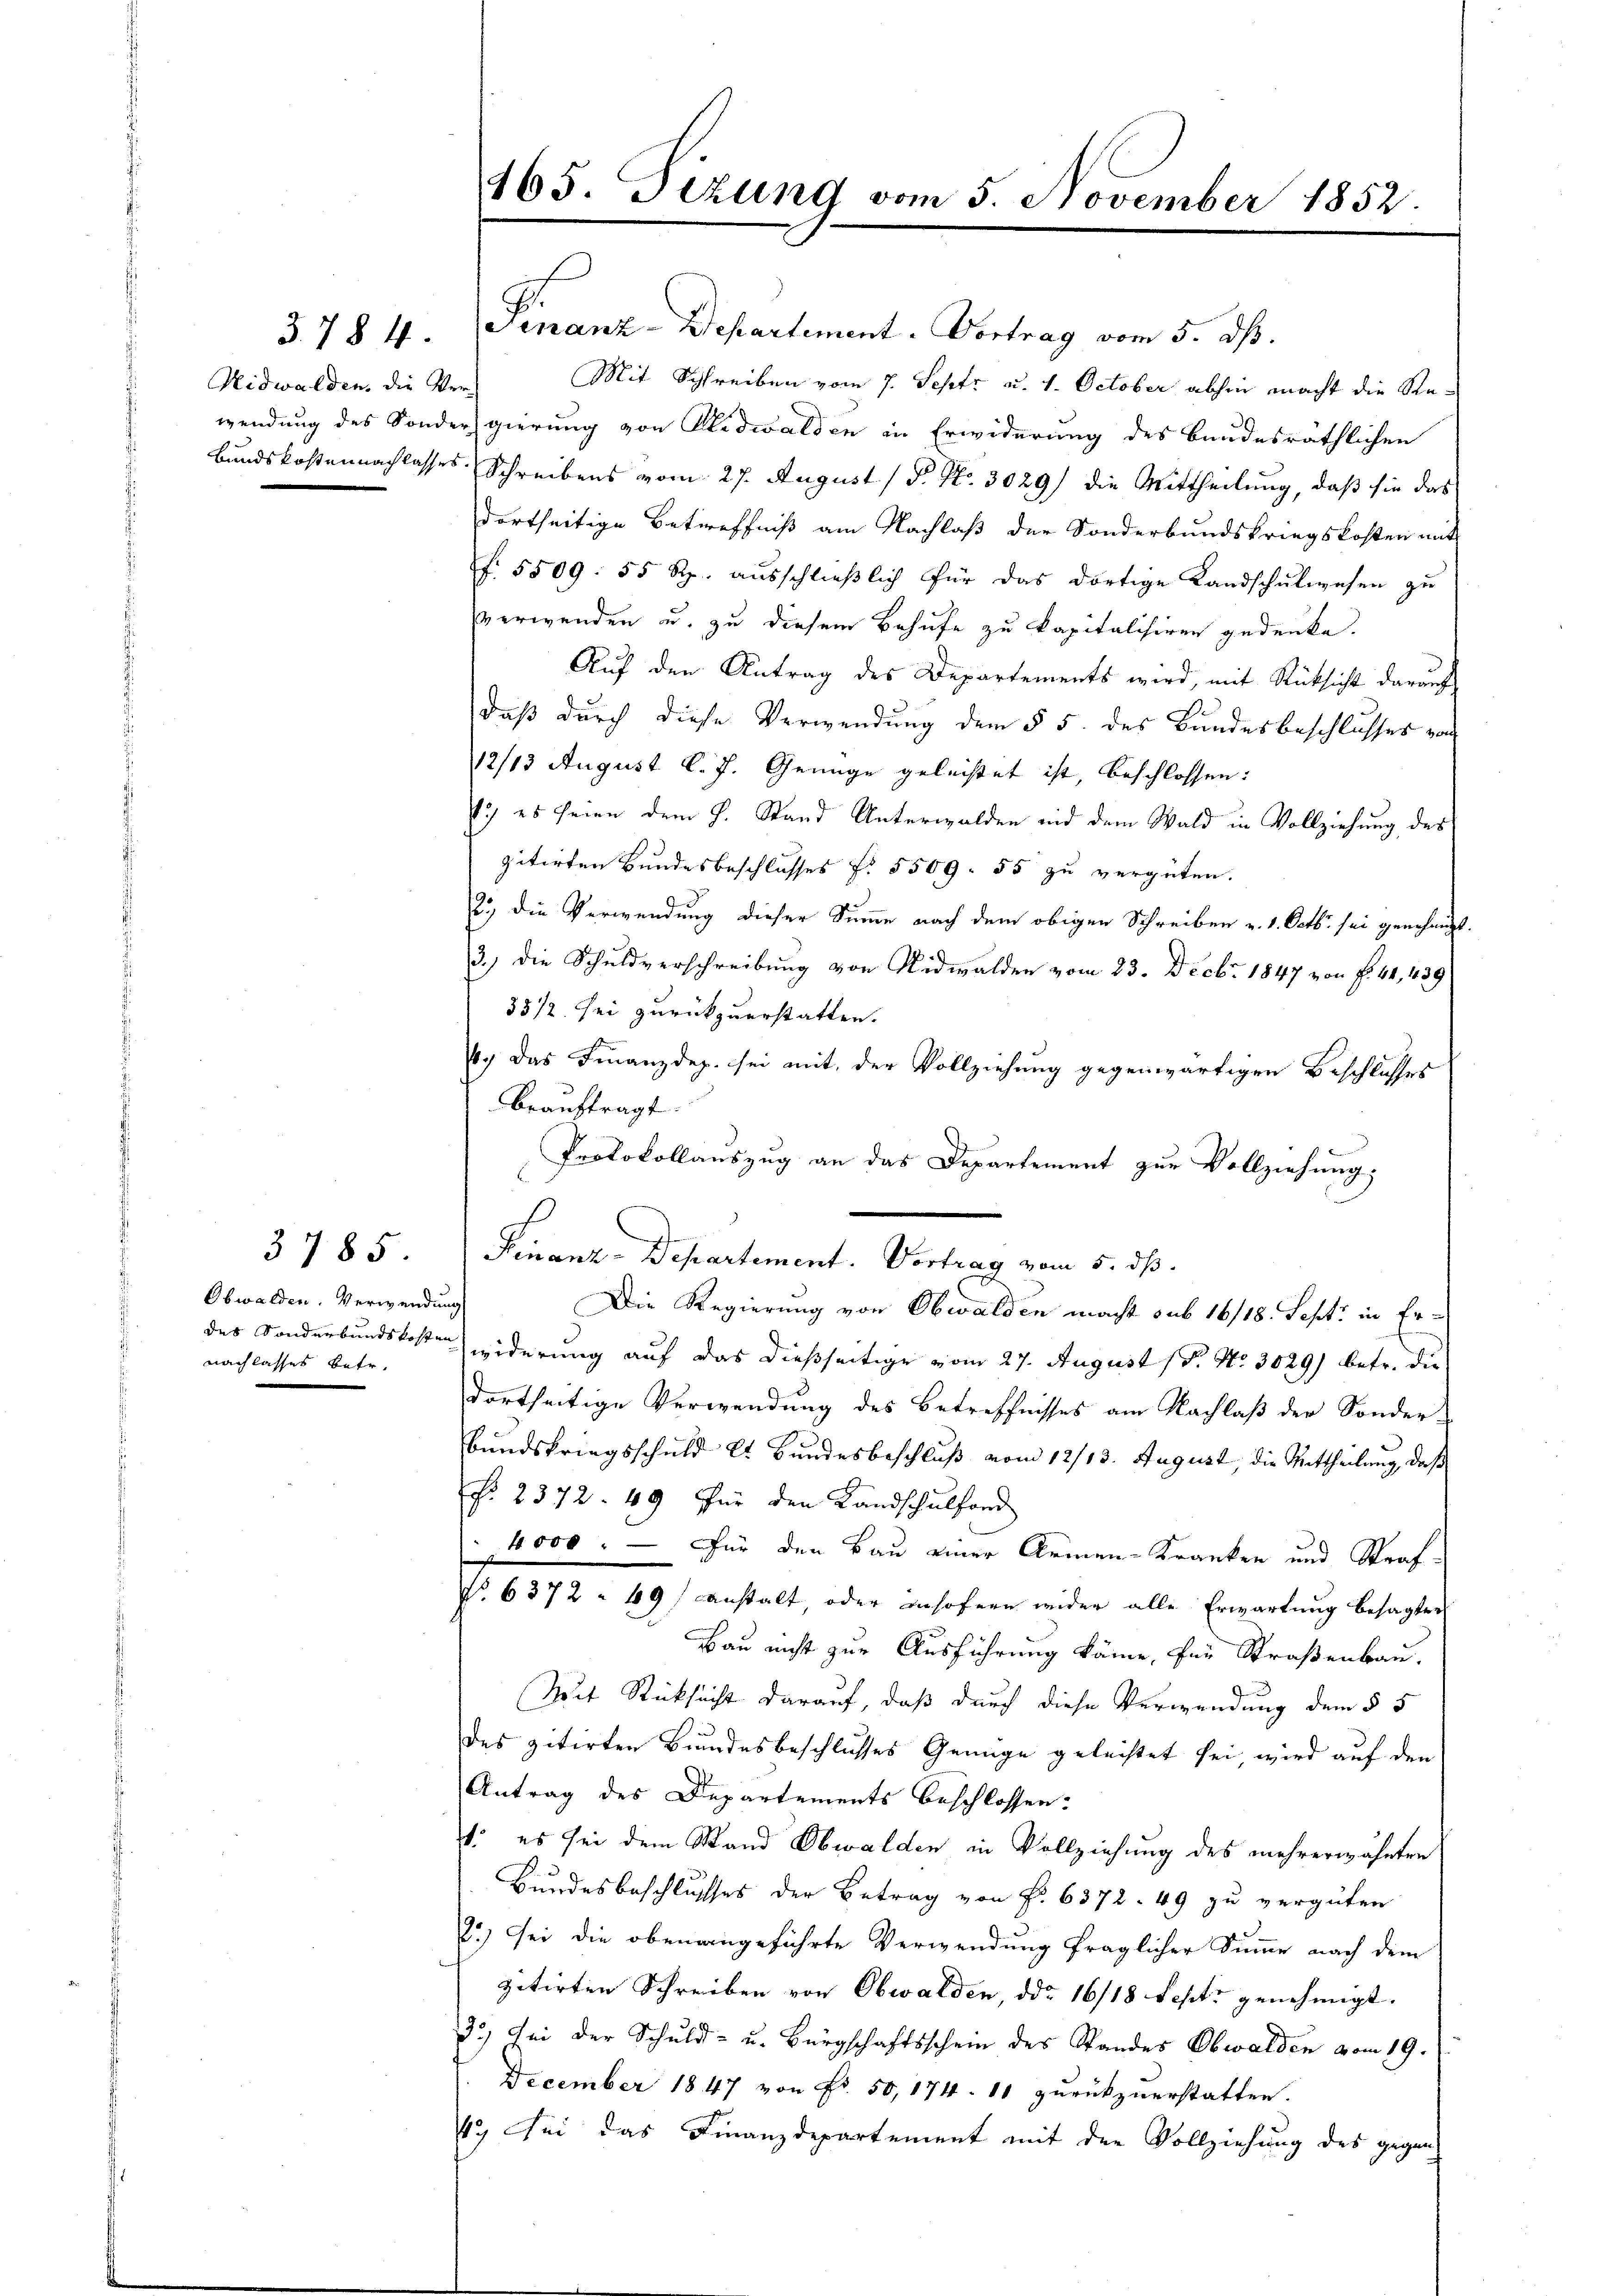
§. 784.

Obwalden. Verwendung
nachlasses betr.

3785

Finanz-Departement. Vortrag vom 5. dß.
Nidwalden, die Vers Mit Schreiben vom 7. Sept. u. 1. October abhin macht die Rewendung des Sondergierung von Glidwalden in Erwiderung des Bundesräthlichen
Bundskostennachlasses Schreibens vom 27. August / 5. No. 3029) die Mittheilung, daß sie das
dortseitige Betreffniß am Nachlaß der Sonderbundskriegskosten mit
f. 5509. 55 Rp. ausschließlich für das dortige Landschulwesen zu
verwenden u. zu diesem Behufe zu kapitalisiren gedenke.
Auf den Antrag des Departements wird, mit Rücksicht darauf
daß durch diese Verwendung dem § 5. des Bundesbeschlusses von
2/13 August l. J. Genüge geleistet ist, beschlossen:
) es seien dem H. Stand Unterwalden und dem Wald in Vollziehung des
zitirten Bundesbeschlusses P. 5509. 55 zu vergüten.
2.) Die Verwendung dieser Summe nach dem obigen Schreiben v. 1. Octbr. sei genehmigt.
3.) Die Schuldverschreibung von Nidwalden vom 23. Decbr. 1847 von f. 41, 439
33/2 sei zurückzuerstatten. |
6. Das Finanzdep. sei mit, der Vollziehung gegenwärtigen Beschlusses
beauftragt:
Protokollauszug an das Departement zur Vollziehung;
s
Die Regierung von Obwalden macht sub 16/18. Sept. in Erdes Sonderbundskosten widerung auf das dießseitige vom 27. August ( P. Nr. 3029) betr. die
dortseitige Verwendung des Betreffnisses am Nachlaß der Sonder-
Bundskriegsschuld lt. Bundesbeschluß vom 12/13. August, die Mittheilung, daß
P. 2372. 49 für den Landschulfond
" 4000. — Für den Bau einer Armen-Kranken und Straf-
No. 6372 - 19) anstalt, oder insofern wider alle Erwartung besagter
Bau nicht zur Ausführung käme, für Straßenbau.
Mit Rücksicht darauf, daß durch diese Verwendung dem § 5
des zitirten Bundesbeschlusses Genüge geleistet sei, wird auf den
Antrag des Departements beschlossen:
1. es sei dem Stand Obwalden in Vollziehung des mehrerwähnten
Bundesbeschlusses der Betrag von Fr. 6372. 49 zu vergüten
8.) Sei die obenangeführte Verwendung fraglicher Summe nach dem
petirten Schreiben von Obwalden, ddo 16/18 Septs genehmigt.
3.) Sei der Schuld- u. Bürgschaftsschein des Standes Obwalden vom 19.
December 1847 von Fr. 50, 174. 10 zurückzuerstatten.
4. Sei das Finanzdepartement mit der Vollziehung des gegen

165. Tizung vom 5. November 1852.

Finanz-Departement. Vortrag vom 5. dß.